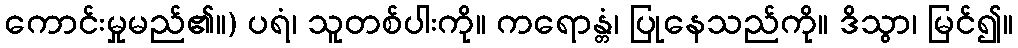
ကောင်းမှုမည်၏။) ပရံ၊ သူတစ်ပါးကို။ ကရောန္တံ၊ ပြုနေသည်ကို။ ဒိသွာ၊ မြင်၍။